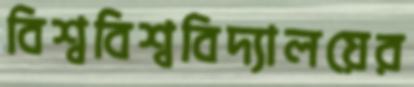
বিশ্ববিশ্ববিদ্যালয়ের